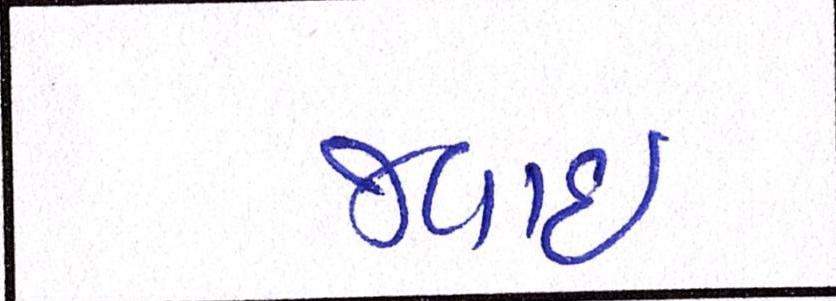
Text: જવાઇ